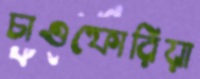
চাওফোরিয়া